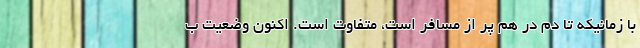
با زمانیکه تا دم در هم پر از مسافر است، متفاوت است. اکنون وضعیت ب